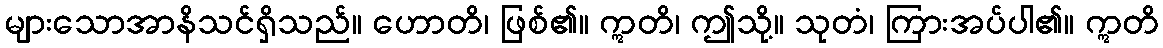
များသောအာနိသင်ရှိသည်။ ဟောတိ၊ ဖြစ်၏။ ဣတိ၊ ဤသို့။ သုတံ၊ ကြားအပ်ပါ၏။ ဣတိ